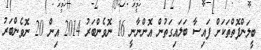
ބީލަންފޮތްތަކަށް ފައިސާ ބަލައިގަތުން އޮންނާނީ 16 ނޮވެންބަރު 2014 އިން 20 ނޮވެންބަރު